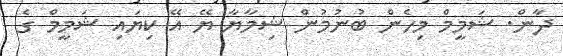
ދާން. ޝަމީމް މިހެން ބުނުމުން ޝިމާޔާ ޔޭ އޭ ކިޔައި ޝަމީމް ގެ